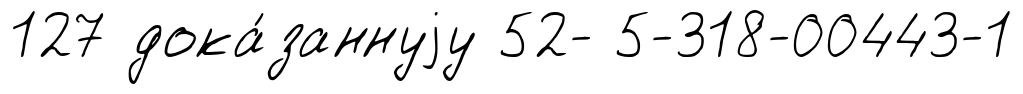
127 дока́заннуjу 52- 5-318-00443-1